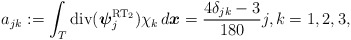
\begin{align*} a_{jk} := \int_{T} \mathrm{div}({\boldsymbol\psi}^{\mathrm{RT}_2}_{j}) \chi_k \, d{\boldsymbol x} = \frac{4\delta_{jk}-3}{180} j,k = 1,2,3, \end{align*}